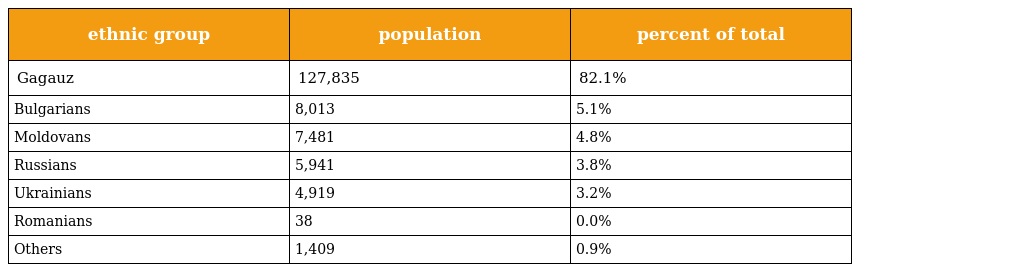
| ethnic group | population | percent of total |
 | --- | --- | --- |
 | Gagauz | 127,835 | 82.1% |
 | Bulgarians | 8,013 | 5.1% |
 | Moldovans | 7,481 | 4.8% |
 | Russians | 5,941 | 3.8% |
 | Ukrainians | 4,919 | 3.2% |
 | Romanians | 38 | 0.0% |
 | Others | 1,409 | 0.9% |